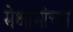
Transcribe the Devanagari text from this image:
मेश्रामांच्या